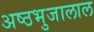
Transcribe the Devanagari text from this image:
अष्ठभुजालाल